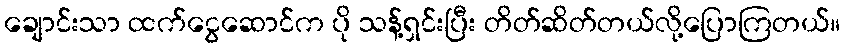
ချောင်းသာ ထက်ငွေဆောင်က ပို သန့်ရှင်းပြီး တိတ်ဆိတ်တယ်လို့ပြောကြတယ်။